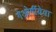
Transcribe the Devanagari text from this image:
गेओर्गीयेवा